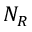
N _ { R }